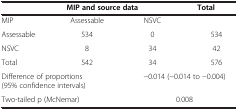
|  | MIP and source data |  | Total |
 | --- | --- | --- | --- |
 | MIP | Assessable | NSVC |  |
 | Assessable | 534 | 0 | 534 |
 | NSVC | 8 | 34 | 42 |
 | Total | 542 | 34 | 576 |
 | <COLSPAN=2> Difference of proportions (95% confidence intervals) | <COLSPAN=2> -0.014 (-0.014 to -0.004) |
 | <COLSPAN=2> Two-tailed p (McNemar) | <COLSPAN=2> 0.008 |